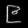
Digit: ၉